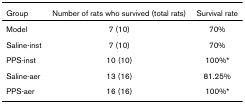
<table><thead><tr><td><b>Group</b></td><td><b>Number of rats who survived (total rats)</b></td><td><b>Survival rate</b></td></tr></thead><tbody><tr><td>Model</td><td>7 (10)</td><td>70%</td></tr><tr><td>Saline-inst</td><td>7 (10)</td><td>70%</td></tr><tr><td>PPS-inst</td><td>10 (10)</td><td>100%*</td></tr><tr><td>Saline-aer</td><td>13 (16)</td><td>81.25%</td></tr><tr><td>PPS-aer</td><td>16 (16)</td><td>100%*</td></tr></tbody></table>